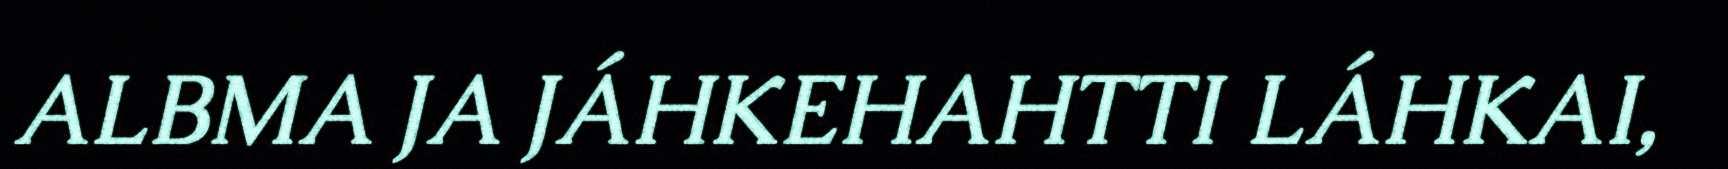
ALBMA JA JÁHKEHAHTTI LÁHKAI,